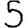
Digit: 5